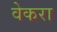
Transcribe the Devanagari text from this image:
वेकरा